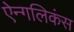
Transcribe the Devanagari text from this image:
ऐन्गलिकंस